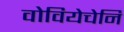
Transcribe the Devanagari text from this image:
वोवियेचेनि